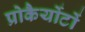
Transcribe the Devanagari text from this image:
प्रोकैर्योटों